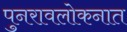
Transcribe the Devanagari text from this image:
पुनरावलोकनात